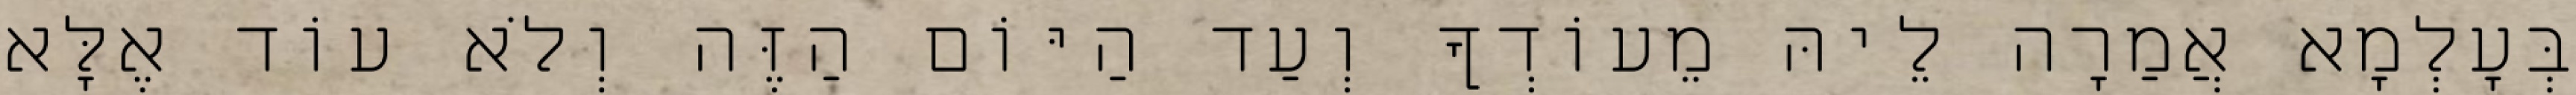
בְּעָלְמָא אֲמַרָה לֵיהּ מֵעוֹדְךָ וְעַד הַיּוֹם הַזֶּה וְלֹא עוֹד אֶלָּא